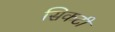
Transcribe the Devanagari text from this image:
सिकटी